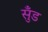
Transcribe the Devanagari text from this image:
सुँड